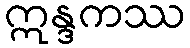
ဣန္ဒကဿ